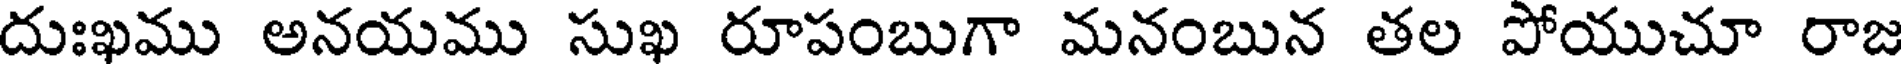
దుఃఖము అనయము సుఖ రూపంబుగా మనంబున తల పోయుచూ రాజ